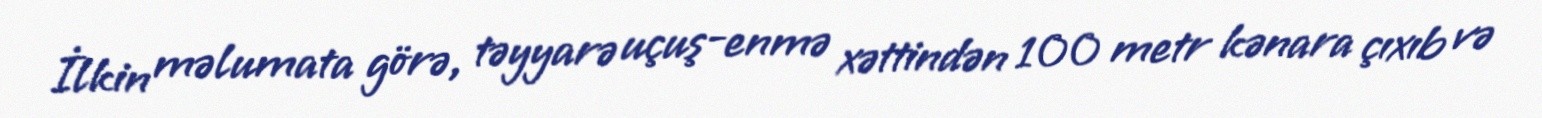
İlkin məlumata görə, təyyarə uçuş-enmə xəttindən 100 metr kənara çıxıb və